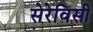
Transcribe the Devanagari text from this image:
सेरेविसी